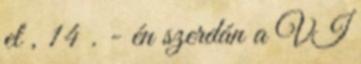
el , 14 . - én szerdán a VI